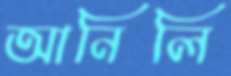
আনিলি